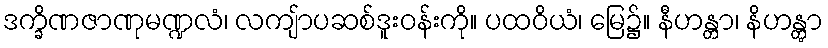
ဒက္ခိဏဇာဏုမဏ္ဍလံ၊ လကျ်ာပဆစ်ဒူးဝန်းကို။ ပထဝိယံ၊ မြေ၌။ နီဟန္တာ၊ နိဟန္တွာ